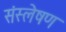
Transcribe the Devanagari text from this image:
संस्लेषण